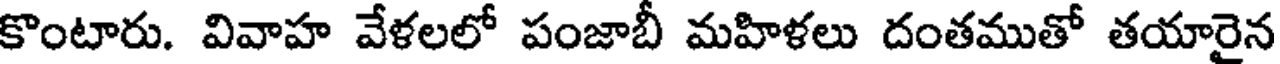
కొంటారు. వివాహ వేళలలో పంజాబీ మహిళలు దంతముతో తయారైన